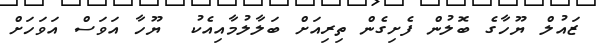
ޒައުލް ޔޫހާގެ ބޮލުން ފެށިގެން ތިރިއަށް ބަލާލުމާއިއެކު  ޔޫހާ އަވަސް އަވަހަށް